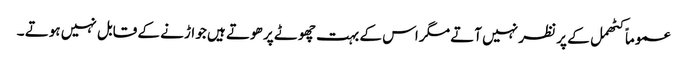
عموماً کٹھمل کے پر نظر نہیں آتے مگر اس کے بہت چھوٹے پر ھوتے ہیں جو اڑنے کے قابل نہیں ہوتے ۔